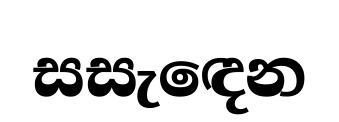
සසැඳෙන